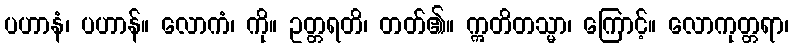
ပဟာနံ၊ ပဟာန်။ လောကံ၊ ကို။ ဥတ္တရတိ၊ တတ်၏။ ဣတိတသ္မာ၊ ကြောင့်။ လောကုတ္တရာ၊